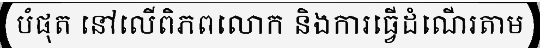
បំផុត នៅលើពិភពលោក និងការធ្វើដំណើរតាម